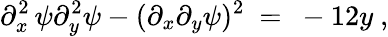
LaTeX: \partial_{x}^{2}\, \psi\partial_{y}^{2}\psi-(\partial_{x}\partial_{y}\psi)^{2}\ =\ -12y~,